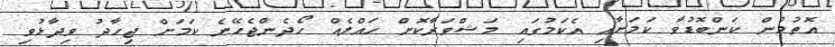
އޮތުމުން ކަންބޮޑުވާ ކަމަށާއި އެކަމުގައި މަޝްވަރާކޮށް ހައްލެއް ހޯދެންޖެހޭނެ ކަމަށް ޖިހާދު ވިދާޅުވި